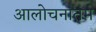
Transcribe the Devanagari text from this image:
आलोचनातम